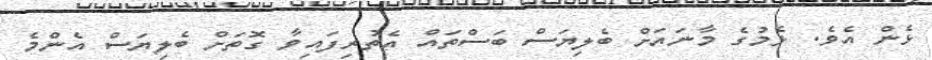
ޅެން އެވެ. ޅެމުގެ މާނައަށް ބެލިޔަސް ބަސްތައް އެތުރިފައިވާ ގޮތަށް ބެލިޔަސް އެންމެ